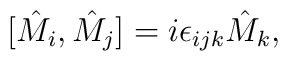
[\hat{M}_{i},\hat{M}_{j}]=i\epsilon_{ijk}\hat{M}_{k},